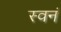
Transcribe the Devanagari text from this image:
स्वनं